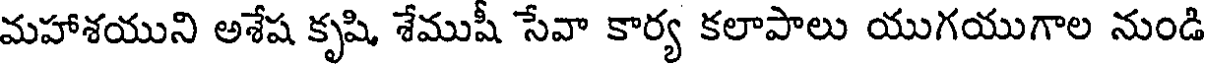
మహాశయుని అశేష కృషి, శేముషీ సేవా కార్య కలాపాలు యుగయుగాల నుండి